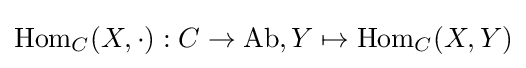
\operatorname {Hom} _{C}(X,\cdot ):C\to \mathrm {Ab} ,Y\mapsto \operatorname {Hom} _{C}(X,Y)